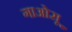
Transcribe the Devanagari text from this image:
गाओसू